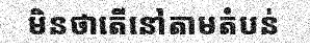
មិនថាតើនៅតាមតំបន់